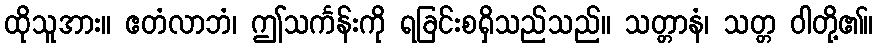
ထိုသူအား။ ဧတံလာဘံ၊ ဤသင်္ကန်းကို ရခြင်းစရှိသည်သည်။ သတ္တာနံ၊ သတ္တ ဝါတို့၏။